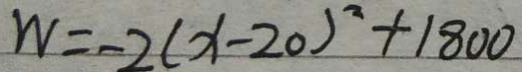
W = - 2 ( x - 2 0 ) ^ { 2 } + 1 8 0 0